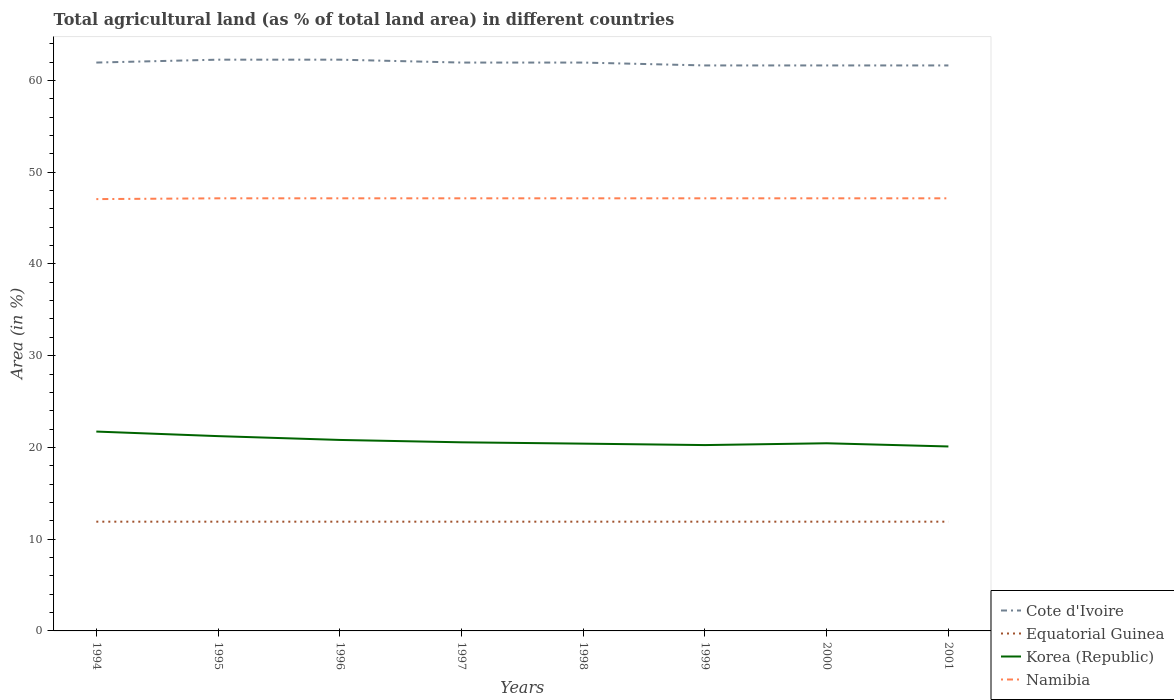
| Years | Cote d'Ivoire | Equatorial Guinea | Korea (Republic) | Namibia |
 | --- | --- | --- | --- | --- |
 | 1994 | 61.9 | 11.9 | 21.7 | 47.1 |
 | 1995 | 62.3 | 11.9 | 21.2 | 47.2 |
 | 1996 | 62.3 | 11.9 | 20.8 | 47.2 |
 | 1997 | 61.9 | 11.9 | 20.6 | 47.2 |
 | 1998 | 61.9 | 11.9 | 20.4 | 47.2 |
 | 1999 | 61.6 | 11.9 | 20.3 | 47.2 |
 | 2000 | 61.6 | 11.9 | 20.5 | 47.2 |
 | 2001 | 61.6 | 11.9 | 20.1 | 47.2 |